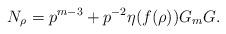
LaTeX: \begin{align*}N_{\rho}= p^{m-3}+p^{-2} \eta(f(\rho)) G_m G .\end{align*}